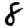
Digit: 8